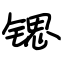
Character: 锶